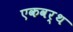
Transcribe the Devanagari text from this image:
एकवर्थ